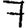
Digit: 7